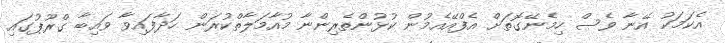
އެކަމަކު އޭނާ ވެސް ހިމެނޭގޮތަށް އެފްއޭއެމުން ކުޅުންތެރިންނާ މުއާމަލާތްކުރަން ހަދާފައިވާ ވައިބާ ގްރޫޕުގައި